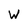
Character: W